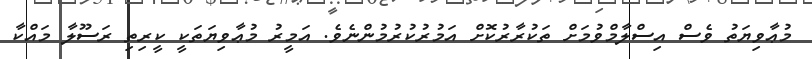
މުޢާވިޔަތު ވެސް އިސްލާމްވުމަށް ތަކުރާރުކޮށް އަމުރުކުރުމުންނެވެ. އަމީރު މުޢާވިޔަތަކީ ކީރިތި ރަސޫލާ މައްކާ